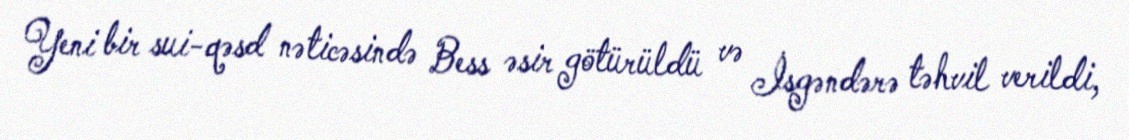
Yeni bir sui-qəsd nəticəsində Bess əsir götürüldü və İsgəndərə təhvil verildi,